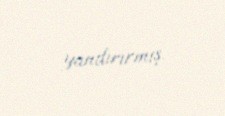
yandırırmış.